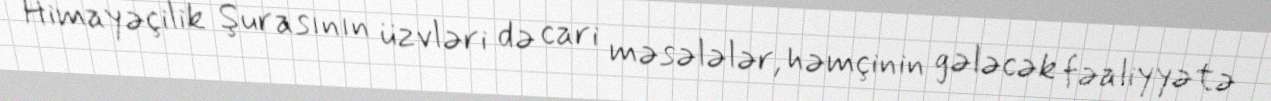
Himayəçilik Şurasının üzvləri də cari məsələlər, həmçinin gələcək fəaliyyətə